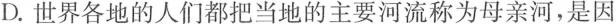
D.世界各地的人们都把当地的主要河流称为母亲河，是因